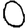
Digit: 0